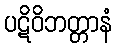
ပဋိဝိဘတ္တာနံ